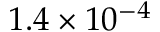
1 . 4 \times 1 0 ^ { - 4 }